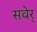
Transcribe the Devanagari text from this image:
सवेर्